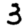
Digit: 3